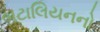
બટાલિયનનો